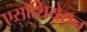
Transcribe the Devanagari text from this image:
एसोशियेसन